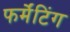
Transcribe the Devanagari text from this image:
फर्मेंटिंग